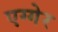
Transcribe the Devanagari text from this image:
एग्गेर